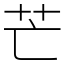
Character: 芒